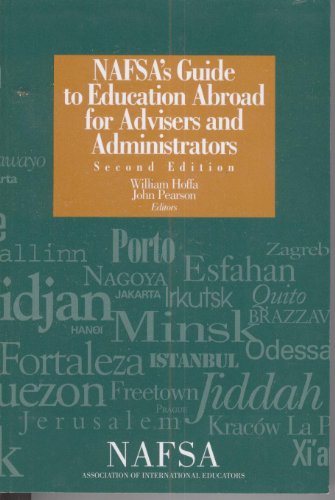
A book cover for Nafsa's Guide to Education Abroad for Advisers and Administrators; D. C.) Nafsa: Association of International Educators (Washington; Travel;